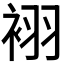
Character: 𲀮